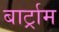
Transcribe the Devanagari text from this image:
बार्ट्राम